Report of the veterinary officer investigating camel disease
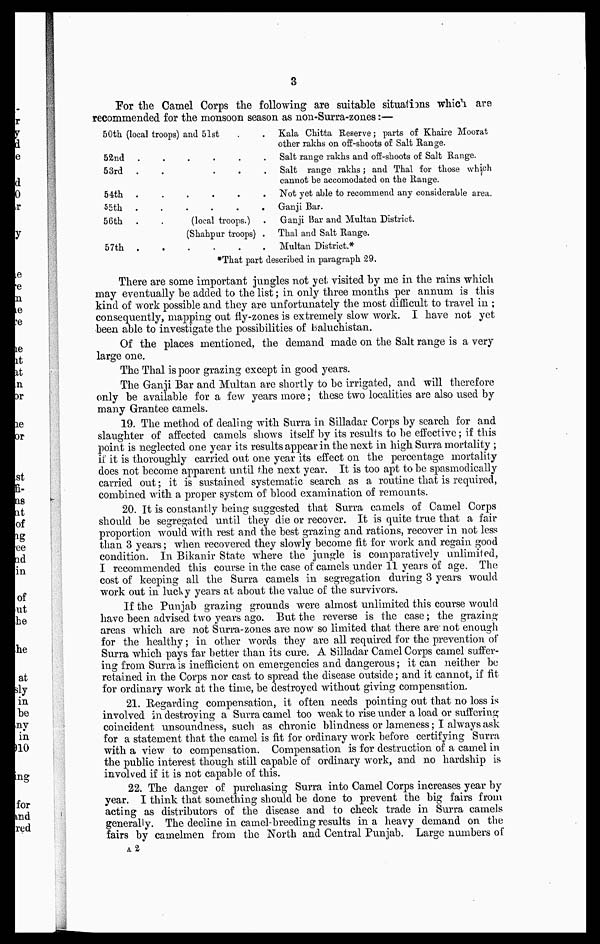
3
For the Camel Corps the following are suitable situations which are
recommended for the monsoon season as non-Surra-zones:—
50th (local troops) and 51st
52nd .
53rd .
54th .
55th .
56th .
57th .
.
.
.
.
.
(local troops.)
(Shahpur troops) .
.
.
*That part
Kala Chitta Reserve; parts of Khaire Moorat
other rakhs on off-shoots of Salt Range.
Salt range rakhs and off-shoots of Salt Range.
Salt range rakhs; and Thal for those which
cannot be accomodated on the Range.
Not yet able to recommend any considerable area.
Ganji Bar.
Ganji Bar and Multan District.
Thal and Salt Range.
Multan District*
described in paragraph 29.
There are some important jungles not yet visited by me in the rains which
may eventually be added to the list; in only three months per annum is this
kind of work possible and they are unfortunately the most difficult to travel in ;
consequently, mapping out fly-zones is extremely slow work. I have not yet
been able to investigate the possibilities of Baluchistan.
Of the places mentioned, the demand made on the Salt range is a very
large one.
The Thal is poor grazing except in good years.
The Ganji Bar and Multan are shortly to be irrigated, and will therefore
only be available for a few years more; these two localities are also used by
many Grantee camels.
19. The method of dealing with Surra in Silladar Corps by search for and
slaughter of affected camels shows itself by its results to be effective; if this
point is neglected one year its results appear in the next in high Surra mortality ;
if it is thoroughly carried out one year its effect on the percentage mortality
does not become apparent until the next year. It is too apt to be spasmodically
carried out; it is sustained systematic search as a routine that is required,
combined with a proper system of blood examination of remounts.
20. It is constantly being suggested that Surra camels of Camel Corps
should be segregated until they die or recover. It is quite true that a fair
proportion would with rest and the best grazing and rations, recover in not less
than 3 years; when recovered they slowly become fit for work and regain good
condition. In Bikanir State where the jungle is comparatively unlimited,
I recommended this course in the case of camels under 11 years of age. The
cost of keeping all the Surra camels in segregation during 3 years would
work out in lucky years at about the value of the survivors.
If the Punjab grazing grounds were almost unlimited this course would
have been advised two years ago. But the reverse is the case; the grazing
areas which are not Surra-zones are now so limited that there are not enough
for the healthy; in other words they are all required for the prevention of
Surra which pays far better than its cure. A Silladar Camel Corps camel suffer-
ing from Surra is inefficient on emergencies and dangerous; it can neither be
retained in the Corps nor cast to spread the disease outside; and it cannot, if fit
for ordinary work at the time, be destroyed without giving compensation.
21. Regarding compensation, it often needs pointing out that no loss is
involved in destroying a Surra camel too weak to rise under a load or suffering
coincident unsoundness, such as chronic blindness or lameness; I always ask
for a statement that the camel is fit for ordinary work before certifying Surra
with a view to compensation. Compensation is for destruction of a camel in
the public interest though still capable of ordinary work, and no hardship is
involved if it is not capable of this.
22. The danger of purchasing Surra into Camel Corps increases year by
year. I think that something should be done to prevent the big fairs from
acting as distributors of the disease and to check trade in Surra camels
generally. The decline in camel-breeding results in a heavy demand on the
fairs by camelmen from the North and Central Puniab. Large numbers of
A2